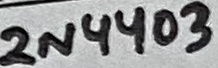
Text: 2N4403